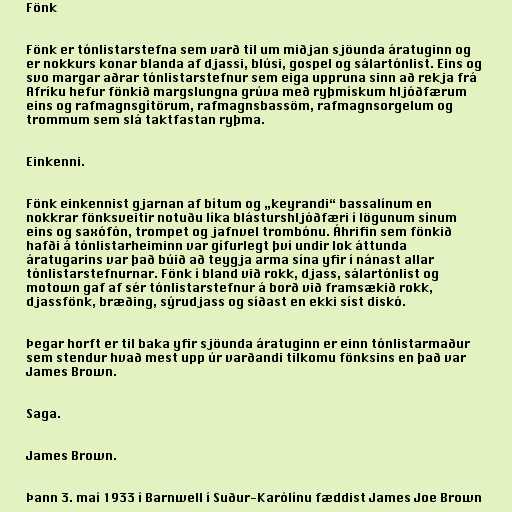
Fönk

Fönk er tónlistarstefna sem varð til um miðjan sjöunda áratuginn og
er nokkurs konar blanda af djassi, blúsi, gospel og sálartónlist. Eins og
svo margar aðrar tónlistarstefnur sem eiga uppruna sinn að rekja frá
Afríku hefur fönkið margslungna grúva með ryþmískum hljóðfærum
eins og rafmagnsgítörum, rafmagnsbassöm, rafmagnsorgelum og
trommum sem slá taktfastan ryþma.

Einkenni.

Fönk einkennist gjarnan af bítum og „keyrandi“ bassalínum en
nokkrar fönksveitir notuðu líka blásturshljóðfæri í lögunum sínum
eins og saxófón, trompet og jafnvel trombónu. Áhrifin sem fönkið
hafði á tónlistarheiminn var gífurlegt því undir lok áttunda
áratugarins var það búið að teygja arma sína yfir í nánast allar
tónlistarstefnurnar. Fönk í bland við rokk, djass, sálartónlist og
motown gaf af sér tónlistarstefnur á borð við framsækið rokk,
djassfönk, bræðing, sýrudjass og síðast en ekki síst diskó.

Þegar horft er til baka yfir sjöunda áratuginn er einn tónlistarmaður
sem stendur hvað mest upp úr varðandi tilkomu fönksins en það var
James Brown.

Saga.

James Brown.

Þann 3. maí 1933 í Barnwell í Suður-Karólínu fæddist James Joe Brown